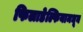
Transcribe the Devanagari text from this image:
फिलाडेल्फियामधून